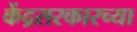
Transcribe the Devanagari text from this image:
केंद्रसरकारच्या